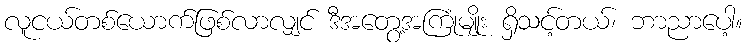
လူငယ်တစ်ယောက်ဖြစ်လာလျှင် ဒီအတွေ့အကြုံမျိုး ရှိသင့်တယ်၊ ဘာညာပေါ့။